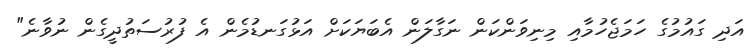
އަދި ގައުމުގެ ހަމަޖެހުމާއި މިނިވަންކަން ނަގާލަން އެބަޔަކަށް އަޅުގަނޑުމެން އެ ފުރުސަތުދީގެން ނުވާނެ"